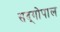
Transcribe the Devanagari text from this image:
सद्‍गोपाल